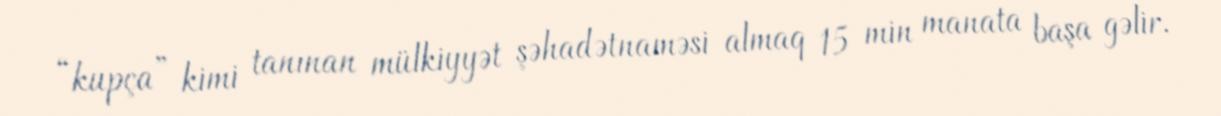
“kupça” kimi tanınan mülkiyyət şəhadətnaməsi almaq 15 min manata başa gəlir.